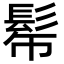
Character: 𩬓